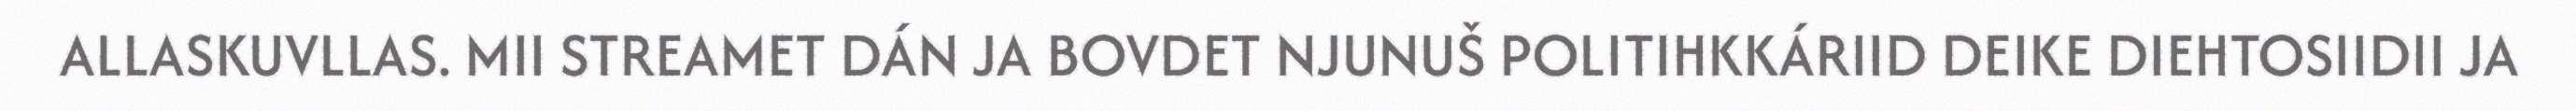
ALLASKUVLLAS. MII STREAMET DÁN JA BOVDET NJUNUŠ POLITIHKKÁRIID DEIKE DIEHTOSIIDII JA